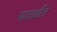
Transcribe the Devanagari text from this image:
पदार्थांंत